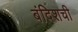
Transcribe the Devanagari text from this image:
बंदिशची